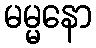
မမ္မနော